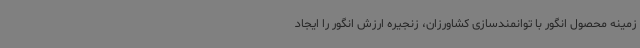
زمینه محصول انگور با توانمندسازی کشاورزان، زنجیره ارزش انگور را ایجاد